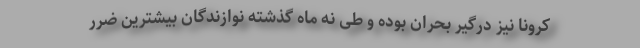
کرونا نیز درگیر بحران بوده و طی نه ماه گذشته نوازندگان بیشترین ضرر